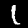
Label: 1